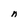
Character: n